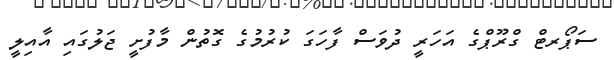
ސަޕޯރޓް ގްރޫޕްގެ އަހަރީ ދުވަސް ފާހަގަ ކުރުމުގެ ގޮތުން މާފުށީ ޖަލުގައި އާއިލީ